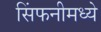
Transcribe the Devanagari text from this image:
सिंफनीमध्ये